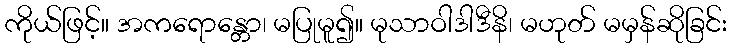
ကိုယ်ဖြင့်။ အကရောန္တော၊ မပြုမူ၍။ မုသာဝါဒါဒီနိ၊ မဟုတ် မမှန်ဆိုခြင်း